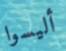
أليسوا